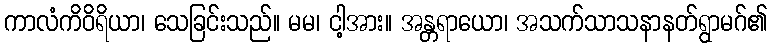
ကာလံကိဝိရိယာ၊ သေခြင်းသည်။ မမ၊ ငါ့အား။ အန္တရာယော၊ အသက်သာသနာနတ်ရွာမဂ်၏